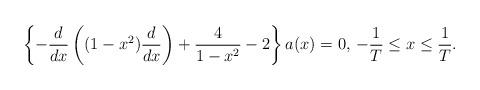
LaTeX: \begin{align*}\left\{-\frac{d}{dx}\left((1-x^2)\frac{d}{dx}\right)+\frac{4}{1-x^2}-2\right\}a(x)=0,\,-\frac{1}{T}\leq x\leq \frac{1}{T}.\end{align*}